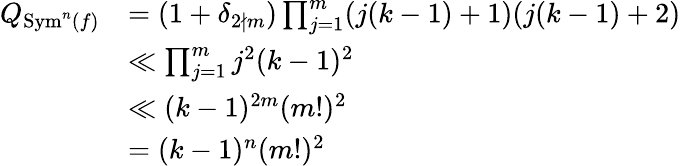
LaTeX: \begin{array}{rl}{Q_{\mathrm{Sym}^{n}(f)}}&{=(1+\delta_{2\nmid m})\prod_{j=1}^{m}(j(k-1)+1)(j(k-1)+2)}\\ &{\ll\prod_{j=1}^{m}j^{2}(k-1)^{2}}\\ &{\ll(k-1)^{2m}(m!)^{2}}\\ &{=(k-1)^{n}(m!)^{2}}\end{array}